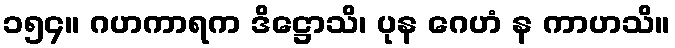
၁၅၄။ ဂဟကာရက ဒိဋ္ဌောသိ၊ ပုန ဂေဟံ န ကာဟသိ။